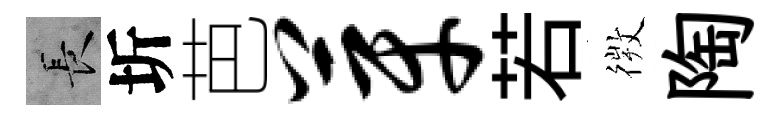
长圻芭芽若𢕄陶